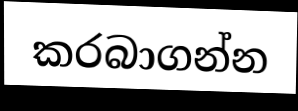
කරබාගන්න